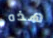
هذه